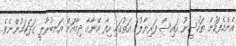
އެންމެފަހުން ތަހުސީނު އައިސް ފަރިޔާލުގެ އަތުގައި ހިފާ އޭނާއާ ދިމާއަށް އަނބުރާލީ ގަދަކަމުންނެވެ.